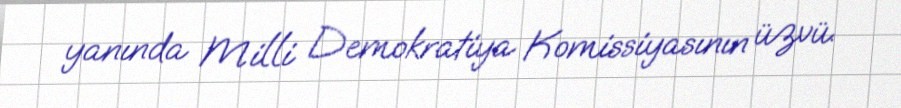
yanında Milli Demokratiya Komissiyasının üzvü.